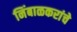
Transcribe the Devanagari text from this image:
निंबाळकरांचे